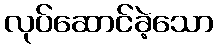
လုပ်ဆောင်ခဲ့သော